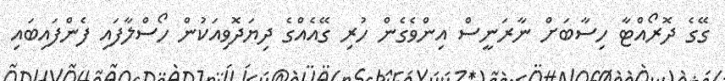
ގޭގެ ދޮރޯއްޓާ ހިސާބަށް ނާރަނީސް އިންވެގެން ހުރި ގޭއެއްގެ ދިޔަދޮވިއަކުން ހޯސްލާފައި ފެންފައިބައި